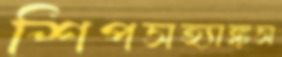
শিপসহ্যাঙ্কস